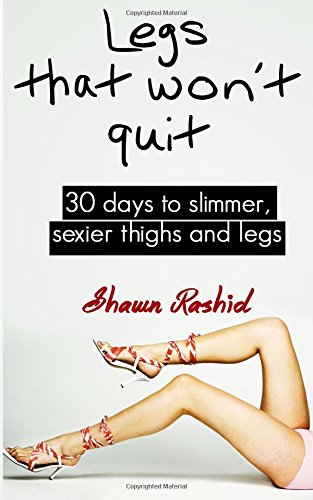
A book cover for Legs That Won't Quit: 30 Days to Simmer, Sexier Thighs and Legs; Shawn Rashid; Health, Fitness & Dieting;